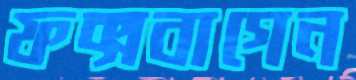
ফক্সবাগেন